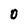
Character: O